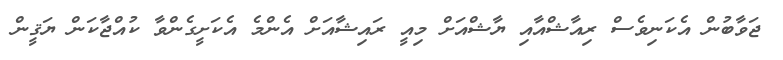
ޖަވާބުން އެކަނިވެސް ރިއާޝްއާއި ޔާޝްއަށް މިއީ ރައިޝާއަށް އެންމެ އެކަށީގެންވާ ކުއްޖާކަން ޔަޤީން